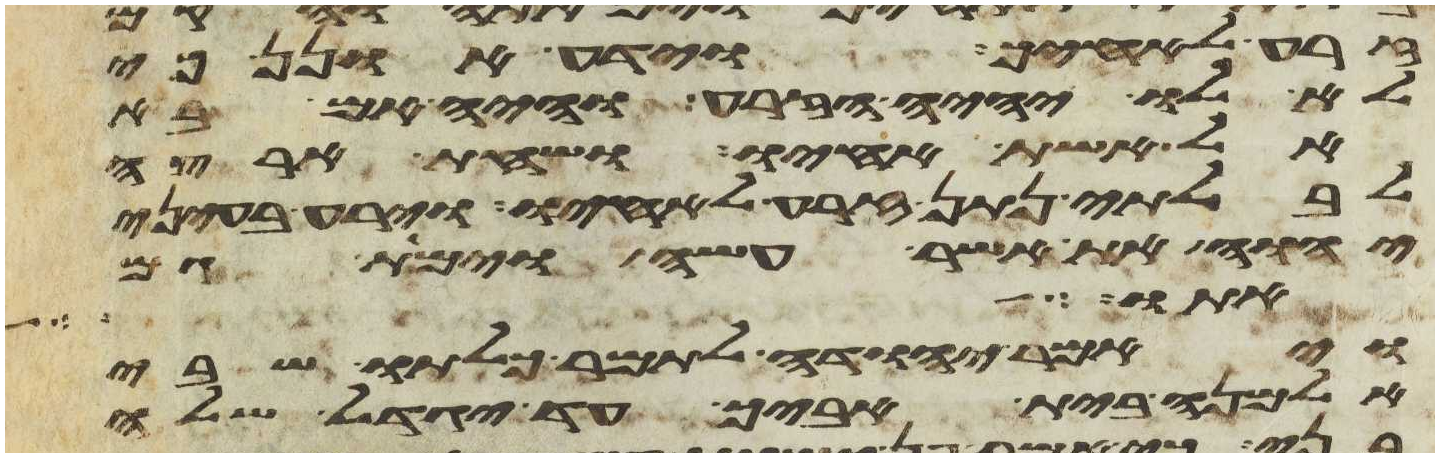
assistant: זרע לאחיך וידע אונן כי
לא לו יהיה הזרע והיה אם בא
אל אשת אחיו ושחת ארצה
לבלתי נתן זרע לאחיו וירע בעיני
יהוה את אשר עשה וימת גם
אתו והיתה
ויאמר יהודה לתמר כלתו שבי
אלמנה בית אביך עד יגדל שלה